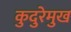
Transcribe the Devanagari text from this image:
कुदुरेमुख